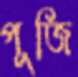
পূজি